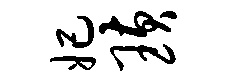
妃璜